Annual report on the Civil Veterinary Department, Burma (including the Insein Veterinary School) - 1932-1941
Year: 1932
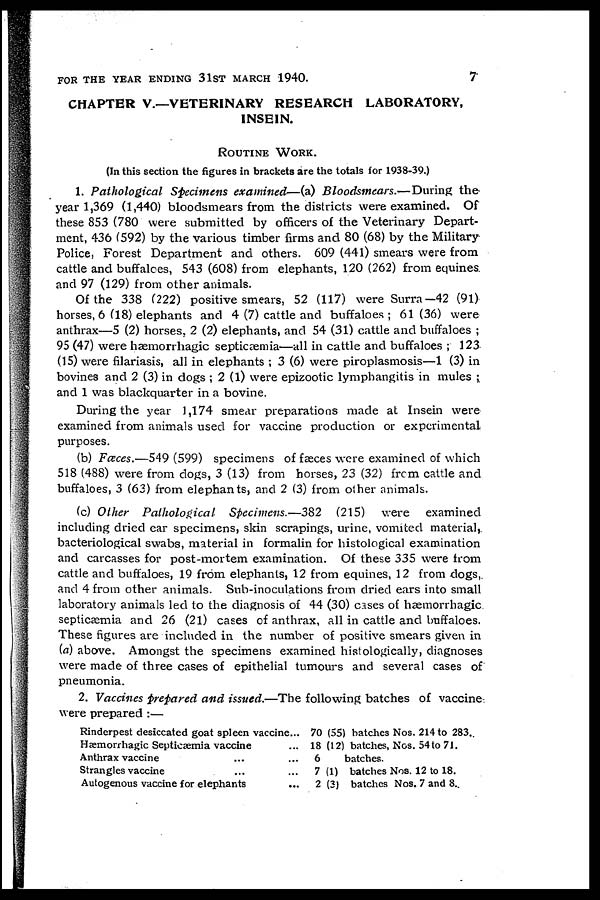
FOR THE YEAR ENDING 31ST MARCH 1940.
7
CHAPTER V.—VETERINARY RESEARCH LABORATORY,
INSEIN.
ROUTINE WORK.
(In this section the figures in brackets are the totals for 1938-39.)
1. Pathological
Specimens examined—(a)
Bloodsmears.—During
the
year 1,369 (1,440) bloodsmears from the districts were examined. Of
these 853 (780 were submitted by officers of the Veterinary Depart-
ment, 436 (592) by the various timber firms and 80 (68) by the Military
Police, Forest Department and others. 609 (441) smears were from
cattle and buffaloes, 543 (608) from elephants, 120 (262) from equines
and 97 (129) from other animals.
Of the 338 (222) positive smears, 52 (117) were Surra—42 (91)
horses, 6 (18) elephants and 4 (7) cattle and buffaloes ; 61 (36) were
anthrax—5 (2) horses, 2 (2) elephants, and 54 (31) cattle and buffaloes ;
95 (47) were hæmorrhagic septicæmia—all in cattle and buffaloes ; 123
(15) were filariasis, all in elephants ; 3 (6) were piroplasmosis—1 (3) in
bovines and 2 (3) in dogs ; 2 (1) were epizootic lymphangitis in mules ;
and 1 was blackquarter in a bovine.
During the year 1,174 smear preparations made at Insein were
examined from animals used for vaccine production or experimental
purposes.
(b) Faces.—549 (599) specimens of faeces were examined of which
518 (488) were from dogs, 3 (13) from horses, 23 (32) from cattle and
buffaloes, 3 (63) from elephants, and 2 (3) from other animals.
(c) Other Palhological
Specimens.—382
(215) were
examined
including dried ear specimens, skin scrapings, urine, vomited material,
bacteriological swabs, material in formalin for histological examination
and carcasses for post-mortem examination. Of these 335 were from
cattle and buffaloes, 19 from elephants, 12 from equines, 12 from dogs,
and 4 from other animals. Sub-inoculations from dried ears into small
laboratory animals led to the diagnosis of 44 (30) cases of hæmorrhagic
septicæmia and 26 (21) cases of anthrax, all in cattle and buffaloes.
These figures are included in the number of positive smears given in
(a) above. Amongst the specimens examined histologically, diagnoses
were made of three cases of epithelial tumours and several cases of
pneumonia.
2. Vaccines prepared and issued.—The following batches of vaccine
were prepared :—
Rinderpest desiccated goat spleen vaccine...
Hæmorrhagic Septicæmia vaccine ...
Anthrax vaccine ... ...
Strangles vaccine ... ...
Autogenous vaccine for elephants ...
70
18
6
7
2
(55) batches Nos. 214 to 283.
(12) batches, Nos. 54 to 71.
batches.
(1) batches Nos. 12 to 18.
(3) batches Nos. 7 and 8.